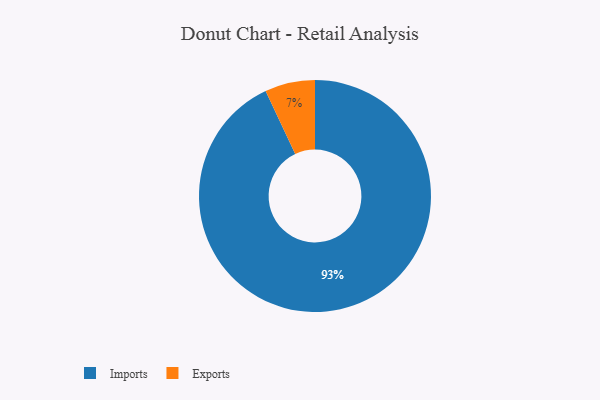
{"axis": {"x": "Category", "y": "Percentage"}, "legend": ["Exports", "Imports"], "data": [{"x": "Imports", "y": 93, "type": "Imports"}, {"x": "Exports", "y": 7, "type": "Exports"}]}